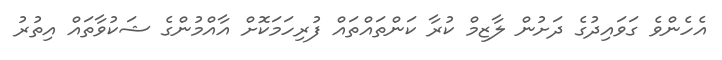
އެހެންވެ ގަވައިދުގެ ދަށުން ލާޒިމް ކުރާ ކަންތައްތައް ފުރިހަމަކޮށް އާއްމުންގެ ޝަކުވާތައް އިތުރު